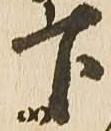
下